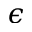
\epsilon